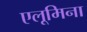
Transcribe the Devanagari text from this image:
एलूमिना